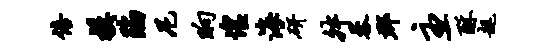
倍模陷尼晌惶海研舛蓉郡主酥趄